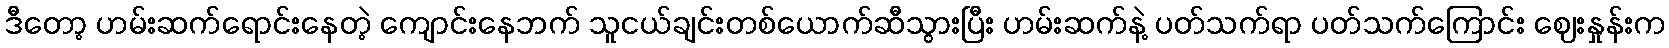
ဒီတော့ ဟမ်းဆက်ရောင်းနေတဲ့ ကျောင်းနေဘက် သူငယ်ချင်းတစ်ယောက်ဆီသွားပြီး ဟမ်းဆက်နဲ့ ပတ်သက်ရာ ပတ်သက်ကြောင်း ဈေးနှုန်းက